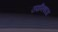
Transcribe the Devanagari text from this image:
उपनिषदद्य